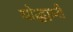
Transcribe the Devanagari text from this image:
योद्ध्यानी